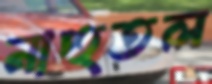
নাহুতল